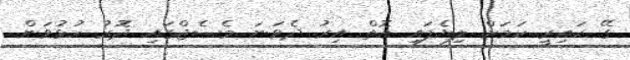
ގޭ ކައިރީ ކަމަށް ލިޔެފައި އޮތް އިރު ދެވަނަ މެސެޖްގައި ދޮރު ހުޅުވަން